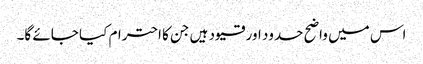
اس میں واضح حدود اور قیود ہیں جن کا احترام کیا جائے گا۔